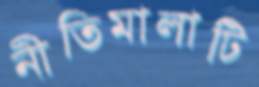
নীতিমালাটি